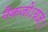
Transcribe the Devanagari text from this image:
नैकजोऽग्रजः।